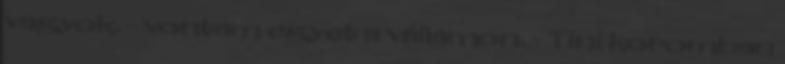
vagyok. - vontam egyet a vállamon. - Tini koromban